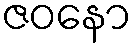
ဇဝနော